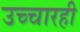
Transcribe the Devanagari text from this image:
उच्चारही